Report on vaccination proceedings throughout the Government of Bengal -
Year: 1868
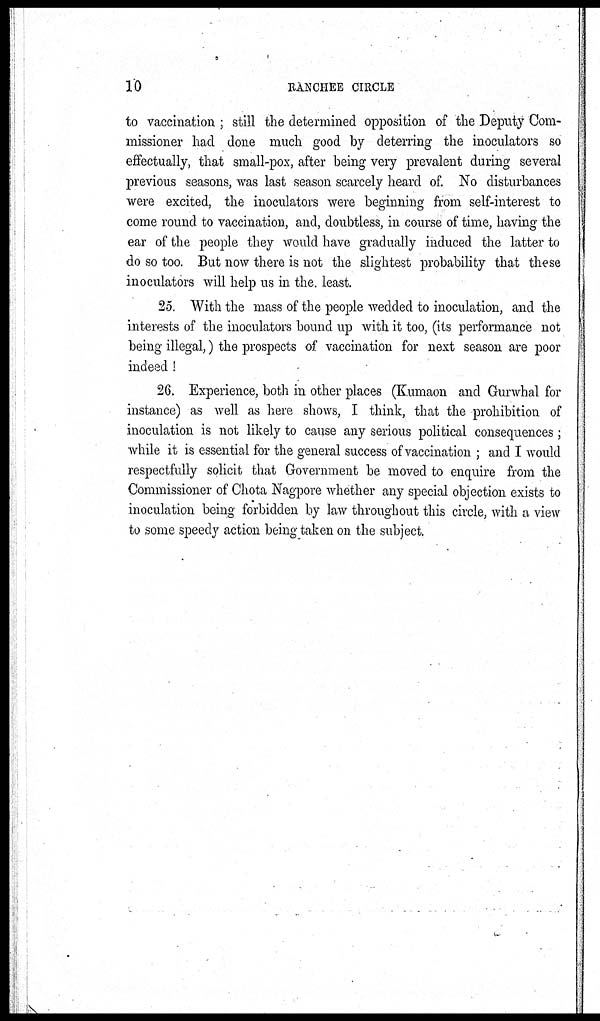
10
RANCHEE CIRCLE
to vaccination ; still the determined opposition of the Deputy Com-
missioner had done much good by deterring the inoculators so
effectually, that small-pox, after being very prevalent during several
previous seasons, was last season scarcely heard of. No disturbances
were excited, the inoculators were beginning from self-interest to
come round to vaccination, and, doubtless, in course of time, having the
ear of the people they would have gradually induced the latter to
do so too. But now there is not the slightest probability that these
inoculators will help us in the least.
25. With the mass of the people wedded to inoculation, and the
interests of the inoculators bound up with it too, (its performance not
being illegal,) the prospects of vaccination for next season are poor
indeed !
26. Experience, both in other places (Kumaon and Gurwhal for
instance) as well as here shows, I think, that the prohibition of
inoculation is not likely to cause any serious political consequences;
while it is essential for the general success of vaccination ; and I would
respectfully solicit that Government be moved to enquire from the
Commissioner of Chota Nagpore whether any special objection exists to
inoculation being forbidden by law throughout this circle, with a view
to some speedy action being taken on the subject.